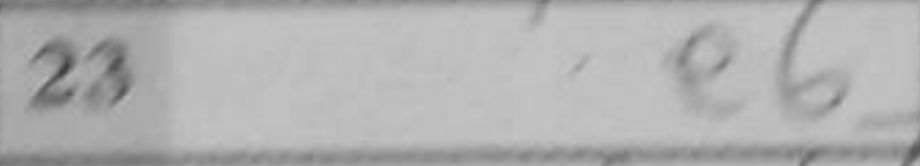
Transcription: e6